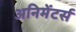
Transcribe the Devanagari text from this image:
अनिमेंटर्स